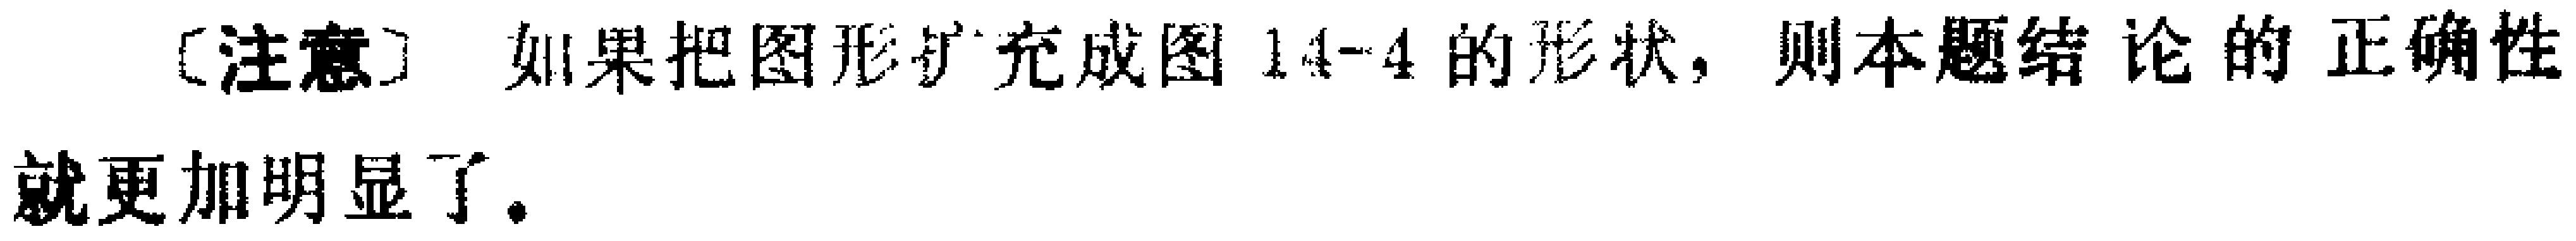
[注意] 如果把图形扩充成图 14-4 的形状，则本题结论的正确性就更加明显了。